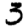
Digit: 3